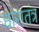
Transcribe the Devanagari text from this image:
धारातंत्र